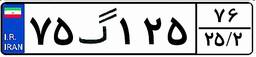
۰۹گ۶۴۷۹۳